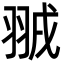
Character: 䎉